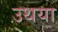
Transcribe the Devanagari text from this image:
उथया